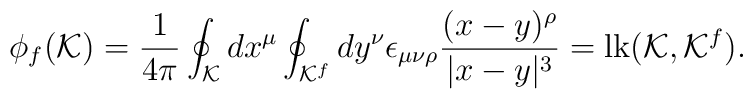
\phi_f ({\cal K})={1 \over 4 \pi}\oint_{\cal K}dx^{\mu} \oint_{{\cal K}^f} dy^{\nu}\epsilon_{\mu \nu \rho} { (x-y)^{\rho} \over |x-y|^3} ={\rm lk} ({\cal K}, {\cal K}^f).